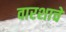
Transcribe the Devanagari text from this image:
वारशाचे